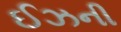
ઈઝની